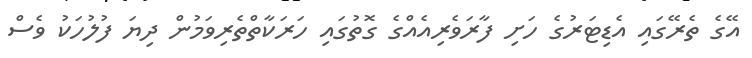
އޭގެ ތެރޭގައި އެޑިޓަރުގެ ހަށި ފާރަވެރިއެއްގެ ގޮތުގައި ހަރަކާތްތެރިވަމުން ދިޔަ ފުލުހަކު ވެސް